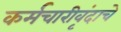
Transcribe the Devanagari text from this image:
कर्मचारीवृंदाचे